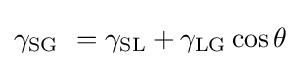
\gamma _{\text{SG}}\ =\gamma _{\text{SL}}+\gamma _{\text{LG}}\cos \theta